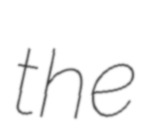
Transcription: the